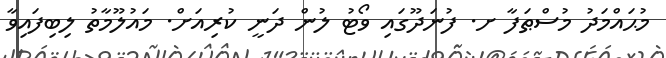
މުޙައްމަދު މުސްޠަފާ ށ. ފުނަދޫގައި ވޯޓު ލުން ދަނީ ކުރިއަށް. މައުލޫމާތު ލިބިފައިވާ